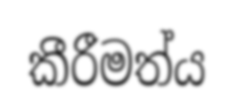
කීරීමත්ය